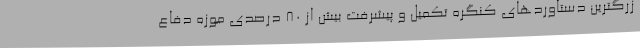
زرگترین دستاوردهای کنگره تکمیل و پیشرفت بیش از 80 درصدی موزه دفاع